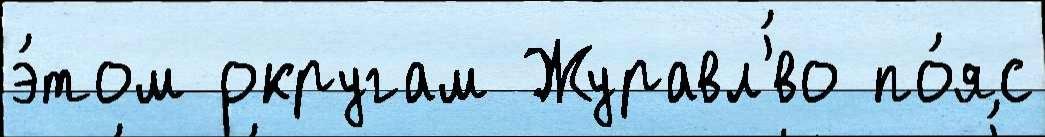
э́том округам Журавл'́во по́яс